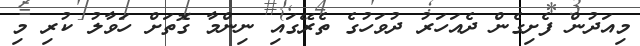
މިއަދުން ފެށިގެން ދެއަހަރު ދުވަހުގެ ތެރޭގައި ނިންމާ ގޮތަށް ހަވާލު ކުރި މި